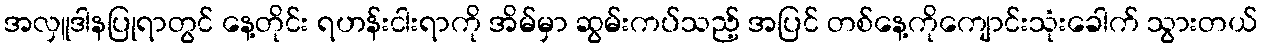
အလှူဒါနပြုရာတွင် နေ့တိုင်း ရဟန်းငါးရာကို အိမ်မှာ ဆွမ်းကပ်သည့် အပြင် တစ်နေ့ကိုကျောင်းသုံးခေါက် သွားတယ်